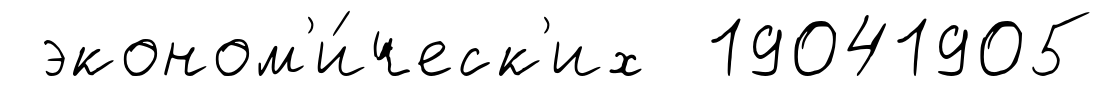
эконом'и́ческ'их 19041905